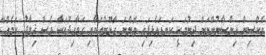
ވެކްސިން އިންސާނުންނަށް ދިނުމަކީ ކަނޑައެޅިފައި އޮންނަ ގާނޫނުތަކާއި ގަވާއިދުތަކާ ވެސް ޚިލާފު ކަމެއް"